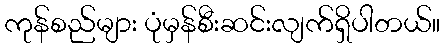
ကုန်စည်များ ပုံမှန်စီးဆင်းလျက်ရှိပါတယ်။